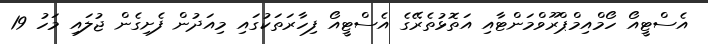
އެސްޓީއޯ ހޯމްއިމްޕްރޫވްމަންޓާއި އަތޮޅުތެރޭގެ އެސްޓީއޯ ފިހާރަތަކުގައި މިއަދުން ފެށިގެން ޖުލައި މަހު 19